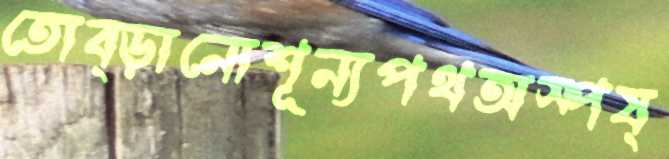
তোব্‌ড়ানোশূন্যপথঅস্পষ্